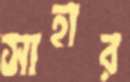
সাহার